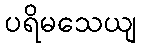
ပရိမသေယျ